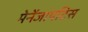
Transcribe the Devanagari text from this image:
मेनेंजायटिस